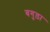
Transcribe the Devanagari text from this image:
बगुड़ा